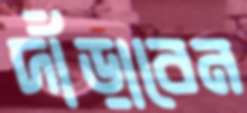
দাঁড়াবেন